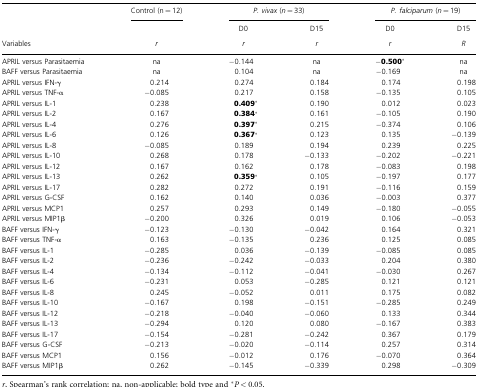
<table><thead><tr><td></td><td><b>Control (n = 12)</b></td><td colspan="2"><b><i>P. vivax</i> (<i>n</i> = 33)</b></td><td colspan="2"><b><i>P. falciparum</i> (<i>n</i> = 19)</b></td></tr><tr><td></td><td></td><td><b>D0</b></td><td><b>D15</b></td><td><b>D0</b></td><td><b>D15</b></td></tr><tr><td><b>Variables</b></td><td><b><i>r</i></b></td><td><b><i>r</i></b></td><td><b><i>r</i></b></td><td><b><i>r</i></b></td><td><b><i>R</i></b></td></tr></thead><tbody><tr><td>APRIL versus Parasitaemia</td><td>na</td><td>−0.144</td><td>na</td><td><b>−0.500</b>*</td><td>na</td></tr><tr><td>BAFF versus Parasitaemia</td><td>na</td><td>0.104</td><td>na</td><td>−0.169</td><td>na</td></tr><tr><td>APRIL versus IFN‐γ</td><td>0.214</td><td>0.274</td><td>0.184</td><td>0.174</td><td>0.198</td></tr><tr><td>APRIL versus TNF‐α</td><td>−0.085</td><td>0.217</td><td>0.158</td><td>−0.135</td><td>0.105</td></tr><tr><td>APRIL versus IL‐1</td><td>0.238</td><td><b>0.409</b>*</td><td>0.190</td><td>0.012</td><td>0.023</td></tr><tr><td>APRIL versus IL‐2</td><td>0.167</td><td><b>0.384</b>*</td><td>0.161</td><td>−0.105</td><td>0.190</td></tr><tr><td>APRIL versus IL‐4</td><td>0.276</td><td><b>0.397</b>*</td><td>0.215</td><td>−0.374</td><td>0.106</td></tr><tr><td>APRIL versus IL‐6</td><td>0.126</td><td><b>0.367</b>*</td><td>0.123</td><td>0.135</td><td>−0.139</td></tr><tr><td>APRIL versus IL‐8</td><td>−0.085</td><td>0.189</td><td>0.194</td><td>0.239</td><td>0.225</td></tr><tr><td>APRIL versus IL‐10</td><td>0.268</td><td>0.178</td><td>−0.133</td><td>−0.202</td><td>−0.221</td></tr><tr><td>APRIL versus IL‐12</td><td>0.167</td><td>0.162</td><td>0.178</td><td>−0.083</td><td>0.198</td></tr><tr><td>APRIL versus IL‐13</td><td>0.262</td><td><b>0.359</b>*</td><td>0.105</td><td>−0.197</td><td>0.177</td></tr><tr><td>APRIL versus IL‐17</td><td>0.282</td><td>0.272</td><td>0.191</td><td>−0.116</td><td>0.159</td></tr><tr><td>APRIL versus G‐CSF</td><td>0.162</td><td>0.140</td><td>0.036</td><td>−0.003</td><td>0.377</td></tr><tr><td>APRIL versus MCP1</td><td>0.257</td><td>0.293</td><td>0.149</td><td>−0.180</td><td>−0.055</td></tr><tr><td>APRIL versus MIP1β</td><td>−0.200</td><td>0.326</td><td>0.019</td><td>0.106</td><td>−0.053</td></tr><tr><td>BAFF versus IFN‐γ</td><td>−0.123</td><td>−0.130</td><td>−0.042</td><td>0.164</td><td>0.321</td></tr><tr><td>BAFF versus TNF‐α</td><td>0.163</td><td>−0.135</td><td>0.236</td><td>0.125</td><td>0.085</td></tr><tr><td>BAFF versus IL‐1</td><td>−0.285</td><td>0.036</td><td>−0.139</td><td>−0.085</td><td>0.085</td></tr><tr><td>BAFF versus IL‐2</td><td>−0.236</td><td>−0.242</td><td>−0.033</td><td>0.204</td><td>0.380</td></tr><tr><td>BAFF versus IL‐4</td><td>−0.134</td><td>−0.112</td><td>−0.041</td><td>−0.030</td><td>0.267</td></tr><tr><td>BAFF versus IL‐6</td><td>−0.231</td><td>0.053</td><td>−0.285</td><td>0.121</td><td>0.121</td></tr><tr><td>BAFF versus IL‐8</td><td>0.245</td><td>−0.052</td><td>0.011</td><td>0.175</td><td>0.082</td></tr><tr><td>BAFF versus IL‐10</td><td>−0.167</td><td>0.198</td><td>−0.151</td><td>−0.285</td><td>0.249</td></tr><tr><td>BAFF versus IL‐12</td><td>−0.218</td><td>−0.040</td><td>−0.060</td><td>0.133</td><td>0.344</td></tr><tr><td>BAFF versus IL‐13</td><td>−0.294</td><td>0.120</td><td>0.080</td><td>−0.167</td><td>0.383</td></tr><tr><td>BAFF versus IL‐17</td><td>−0.154</td><td>−0.281</td><td>−0.242</td><td>0.367</td><td>0.179</td></tr><tr><td>BAFF versus G‐CSF</td><td>−0.213</td><td>−0.020</td><td>−0.114</td><td>0.257</td><td>0.314</td></tr><tr><td>BAFF versus MCP1</td><td>0.156</td><td>−0.012</td><td>0.176</td><td>−0.070</td><td>0.364</td></tr><tr><td>BAFF versus MIP1β</td><td>0.262</td><td>−0.145</td><td>−0.339</td><td>0.298</td><td>−0.309</td></tr></tbody></table>